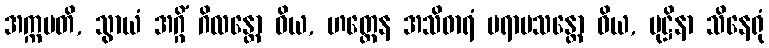
အက္ကမတိ, သွာယံ အဂ္ဂိံ ဂိလန္တော ဝိယ, ဟတ္ထေန အသိဓာရံ ပရာမသန္တော ဝိယ, မုဋ္ဌိနာ သိနေရုံ